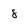
Character: 8